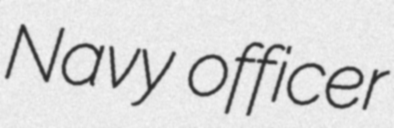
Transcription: Navy officer